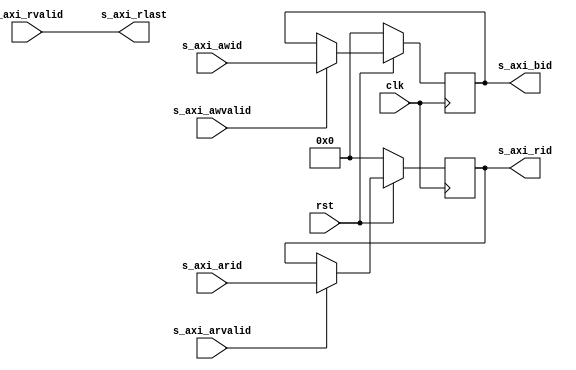
/*

Copyright (c) 2023 Dave Keeshan

Permission is hereby granted, free of charge, to any person obtaining a copy
of this software and associated documentation files (the "Software"), to deal
in the Software without restriction, including without limitation the rights
to use, copy, modify, merge, publish, distribute, sublicense, and/or sell
copies of the Software, and to permit persons to whom the Software is
furnished to do so, subject to the following conditions:

The above copyright notice and this permission notice shall be included in
all copies or substantial portions of the Software.

THE SOFTWARE IS PROVIDED "AS IS", WITHOUT WARRANTY OF ANY KIND, EXPRESS OR
IMPLIED, INCLUDING BUT NOT LIMITED TO THE WARRANTIES OF MERCHANTABILITY
FITNESS FOR A PARTICULAR PURPOSE AND NONINFRINGEMENT. IN NO EVENT SHALL THE
AUTHORS OR COPYRIGHT HOLDERS BE LIABLE FOR ANY CLAIM, DAMAGES OR OTHER
LIABILITY, WHETHER IN AN ACTION OF CONTRACT, TORT OR OTHERWISE, ARISING FROM,
OUT OF OR IN CONNECTION WITH THE SOFTWARE OR THE USE OR OTHER DEALINGS IN
THE SOFTWARE.

*/

// Language: Verilog 2001

`resetall
`timescale 1ns / 1ps
`default_nettype none

/*
 * AXI4-Lite to AXI4 ID adapter
 */
module axil_axi_boost #
(
    // Width of AXI ID signal
    parameter AXI_ID_WIDTH = 8
) (
    input  wire                        clk,
    input  wire                        rst,

    input  wire [AXI_ID_WIDTH-1:0]     s_axi_awid,
    input  wire                        s_axi_awvalid,
    input  wire [AXI_ID_WIDTH-1:0]     s_axi_arid,
    input  wire                        s_axi_arvalid,
    input  wire                        s_axi_rvalid,
    output wire [AXI_ID_WIDTH-1:0]     s_axi_bid,
    output wire [AXI_ID_WIDTH-1:0]     s_axi_rid,
    output wire                        s_axi_rlast
);


   reg [AXI_ID_WIDTH-1:0] axi_awid_reg;
   reg [AXI_ID_WIDTH-1:0] axi_arid_reg;
   always @(posedge clk) begin : p_clk_id
       if (0 == rst) begin
           axi_awid_reg <= 0;
           axi_arid_reg <= 0;
       end else begin
           if (s_axi_awvalid) begin
               axi_awid_reg <= s_axi_awid;
           end
           if (s_axi_arvalid) begin
               axi_arid_reg <= s_axi_arid;
           end
       end
   end
   assign s_axi_bid = axi_awid_reg;
   assign s_axi_rid = axi_arid_reg;
   assign s_axi_rlast = s_axi_rvalid;

endmodule

`resetall